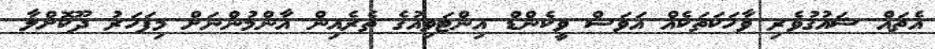
އެތައް ޝައުގުވެރި ވާހަކަތަކެއް އަވަސް ވީކެންޑް އިންޓަވިއުގެ ތެރެއިން އާންމުންނަށް މިފަހަރު ދޫކޮށްލާ